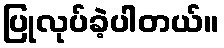
ပြုလုပ်ခဲ့ပါတယ်။